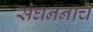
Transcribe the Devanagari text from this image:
संघननाचे